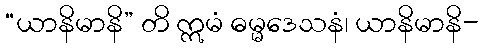
“ယာနိမာနိ” တိ ဣမံ ဓမ္မဒေသနံ၊ ယာနိမာနိ-